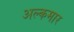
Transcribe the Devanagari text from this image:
अल्कमार